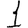
Digit: 1